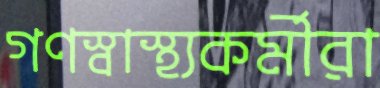
গণস্বাস্থ্যকর্মীরা